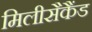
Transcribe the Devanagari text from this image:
मिलीसैकैंड